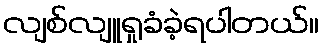
လျစ်လျူရှုခံခဲ့ရပါတယ်။